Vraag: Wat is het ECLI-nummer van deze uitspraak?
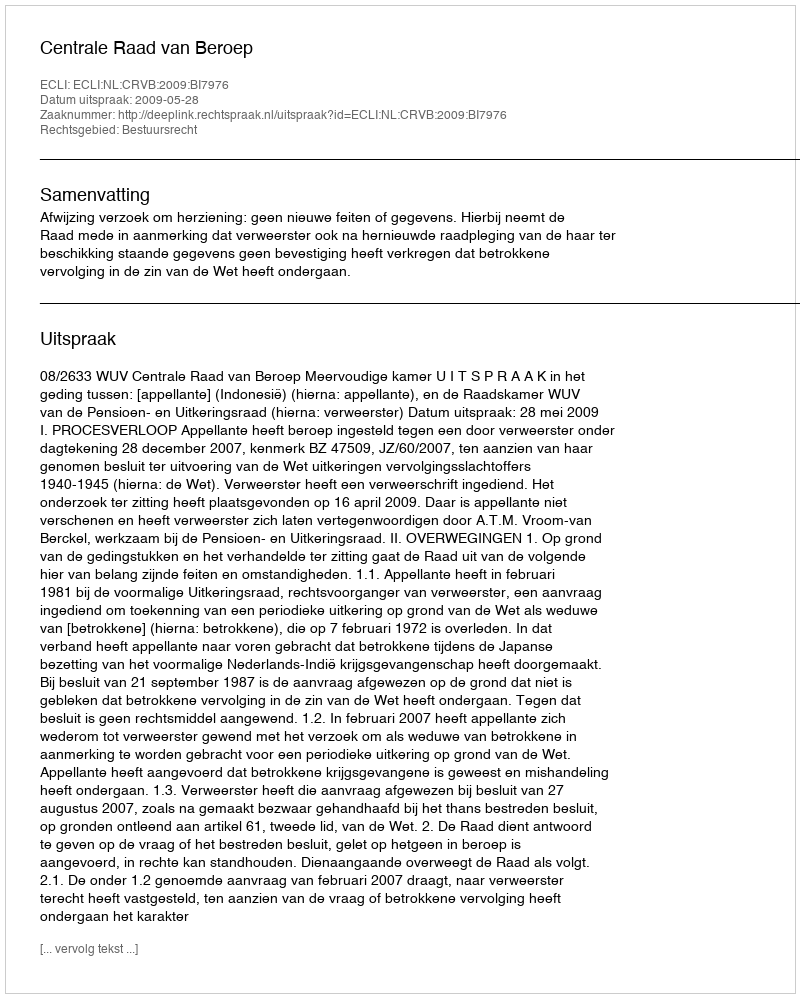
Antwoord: ECLI:NL:CRVB:2009:BI7976